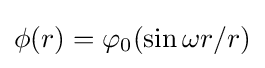
\phi (r)=\varphi _{0}(\sin \omega r/r)